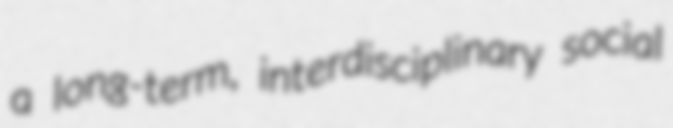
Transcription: a long-term, interdisciplinary social